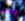
وأنا